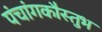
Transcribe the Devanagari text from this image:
पंचांगकौस्तुभ